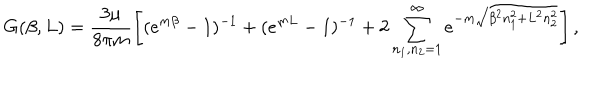
LaTeX: G ( \beta , L ) = \frac { 3 \mu } { 8 \pi m } \left[ ( e ^ { m \beta } - 1 ) ^ { - 1 } + ( e ^ { m L } - 1 ) ^ { - 1 } + 2 \sum _ { n _ { 1 } , n _ { 2 } = 1 } ^ { \infty } e ^ { - m \sqrt { \beta ^ { 2 } n _ { 1 } ^ { 2 } + L ^ { 2 } n _ { 2 } ^ { 2 } } } \right] ,